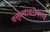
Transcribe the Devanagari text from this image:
वक्तृत्वाबरोबरच